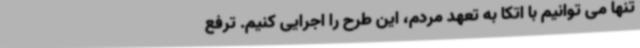
تنها می توانیم با اتکا به تعهد مردم، این طرح را اجرایی کنیم. ترفع